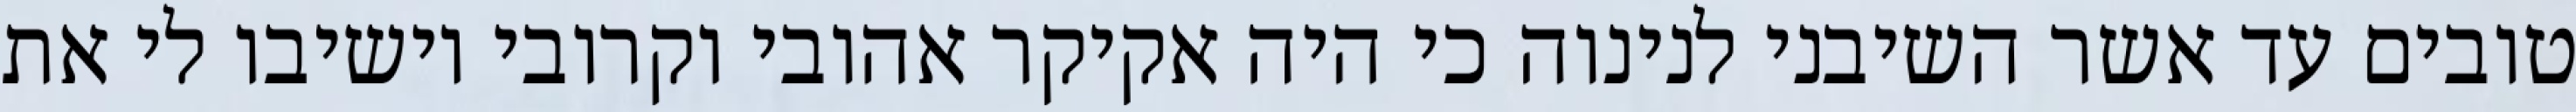
טובים עד אשר השיבני לנינוה כי היה אקיקר אהובי וקרובי וישיבו לי את